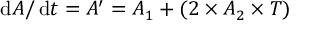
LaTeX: \operatorname { d } \! A / \operatorname { d } \! t = A ^ { \prime } = A _ { 1 } + ( 2 \times A _ { 2 } \times T )